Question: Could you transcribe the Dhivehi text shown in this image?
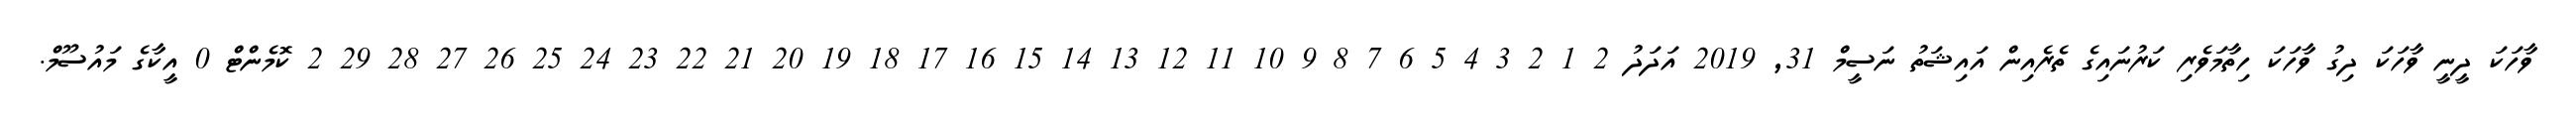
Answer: ވާހަކަ ދީނީ ވާހަކަ ދިގު ވާހަކަ ހިތާމަވެރި ކަރުނައިގެ ތެރެއިން އައިޝަތު ނަސީމް 31, 2019 އަދަދު 2 1 2 3 4 5 6 7 8 9 10 11 12 13 14 15 16 17 18 19 20 21 22 23 24 25 26 27 28 29 2 ކޮމެންޓް 0 އީކާގެ މައުސޫމް.